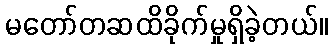
မတော်တဆထိခိုက်မှုရှိခဲ့တယ်။